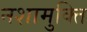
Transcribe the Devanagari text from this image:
नशामुक्ति